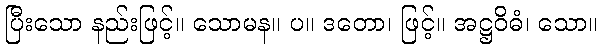
ပြီးသော နည်းဖြင့်။ သောမန။ ပ။ ဒတော၊ ဖြင့်။ အဋ္ဌဝိဓံ၊ သော။